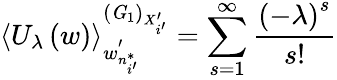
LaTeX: \left\langle U_{\lambda}\left(w\right)\right\rangle_{w_{n_{i^{\prime}}^{*}}^{\prime}}^{\left({\mathit G}_{1}\right)_{X_{i^{\prime}}^{\prime}}}=\sum_{s=1}^{\infty}\frac{\left(-\lambda\right)^{s}}{s!}